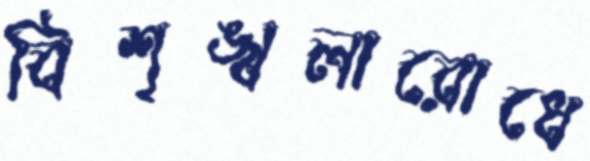
বিশৃঙ্খলারোধে